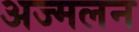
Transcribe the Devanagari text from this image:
अज्मलन